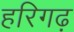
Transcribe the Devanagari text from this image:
हरिगढ़